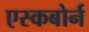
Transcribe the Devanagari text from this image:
एस्कबोर्न